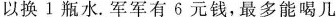
以换1瓶水。军军有6元钱，最多能喝几